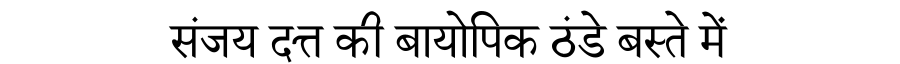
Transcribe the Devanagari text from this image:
संजय दत्त की बायोपिक ठंडे बस्ते में